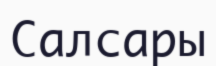
Салсары